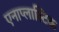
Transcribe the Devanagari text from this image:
एनाप्लास्टिक